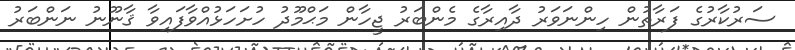
ސަރުކާރުގެ ފަރާތުން ހިންނަވަރު ދާއިރާގެ މެންބަރު ޖީހާން މަޙްމޫދު ހުށަހަޅުއްވާފައިވާ ޤާނޫނު ނަންބަރު